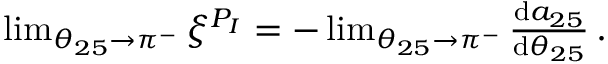
\begin{array} { r } { \operatorname* { l i m } _ { \theta _ { 2 5 } \to \pi ^ { - } } \xi ^ { P _ { I } } = - \operatorname* { l i m } _ { \theta _ { 2 5 } \to \pi ^ { - } } \frac { \mathrm { d } a _ { 2 5 } } { \mathrm { d } \theta _ { 2 5 } } \, . } \end{array}